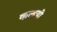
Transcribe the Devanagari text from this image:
कल्हयी